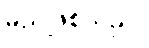
မည်ဖြစ်သည်။